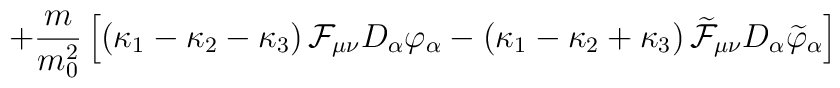
+\frac{m}{m_0^2}\left[\left( \kappa_1 -\kappa_2-\kappa_3\right){\cal F}_{\mu\nu }D_\alpha\varphi_\alpha-\left(\kappa_1 -\kappa_2 +\kappa_3\right)\widetilde{{\cal F}}_{\mu\nu }D_\alpha\widetilde{\varphi}_\alpha\right]